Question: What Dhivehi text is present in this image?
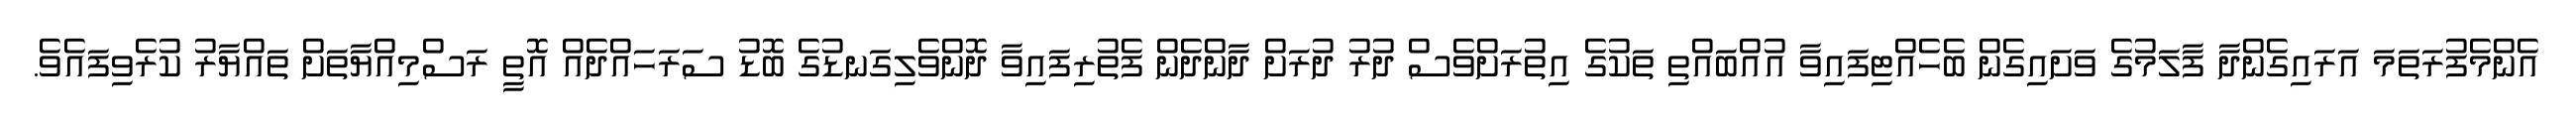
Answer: އެންމެފުރަތަމަ އަރައިގެންދާ ފާލަމުގެ ވަށައިގެން ބެހެއްޓިފައިވާ އުއްބައްތި ތަކުގެ އިތުރަށްވެސް ދުރު ދުރަށް ދާންދެން ފެތުރިފައިވާ ދޮންވެލިގަނޑުގެ ބޮޑު ސަރަހައްދެއް އޮތީ ރަސްމިއްޔާތަށް ތައްޔާރު ކުރެވިފައެވެ.